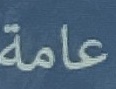
عامة